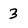
Character: 3